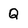
Character: Q